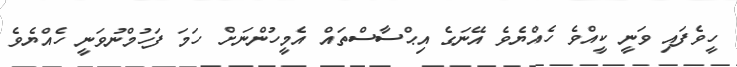
ހީވެފައި ވަނީ ކީއްވެ ހެއްޔެވެ އޭނަގެ އިޙްސާސްތައް އެމީހުންނަށް ހަމަ ފަހުމްނުވަނީ ހެއްޔެވެ